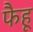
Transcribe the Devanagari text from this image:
फैहू